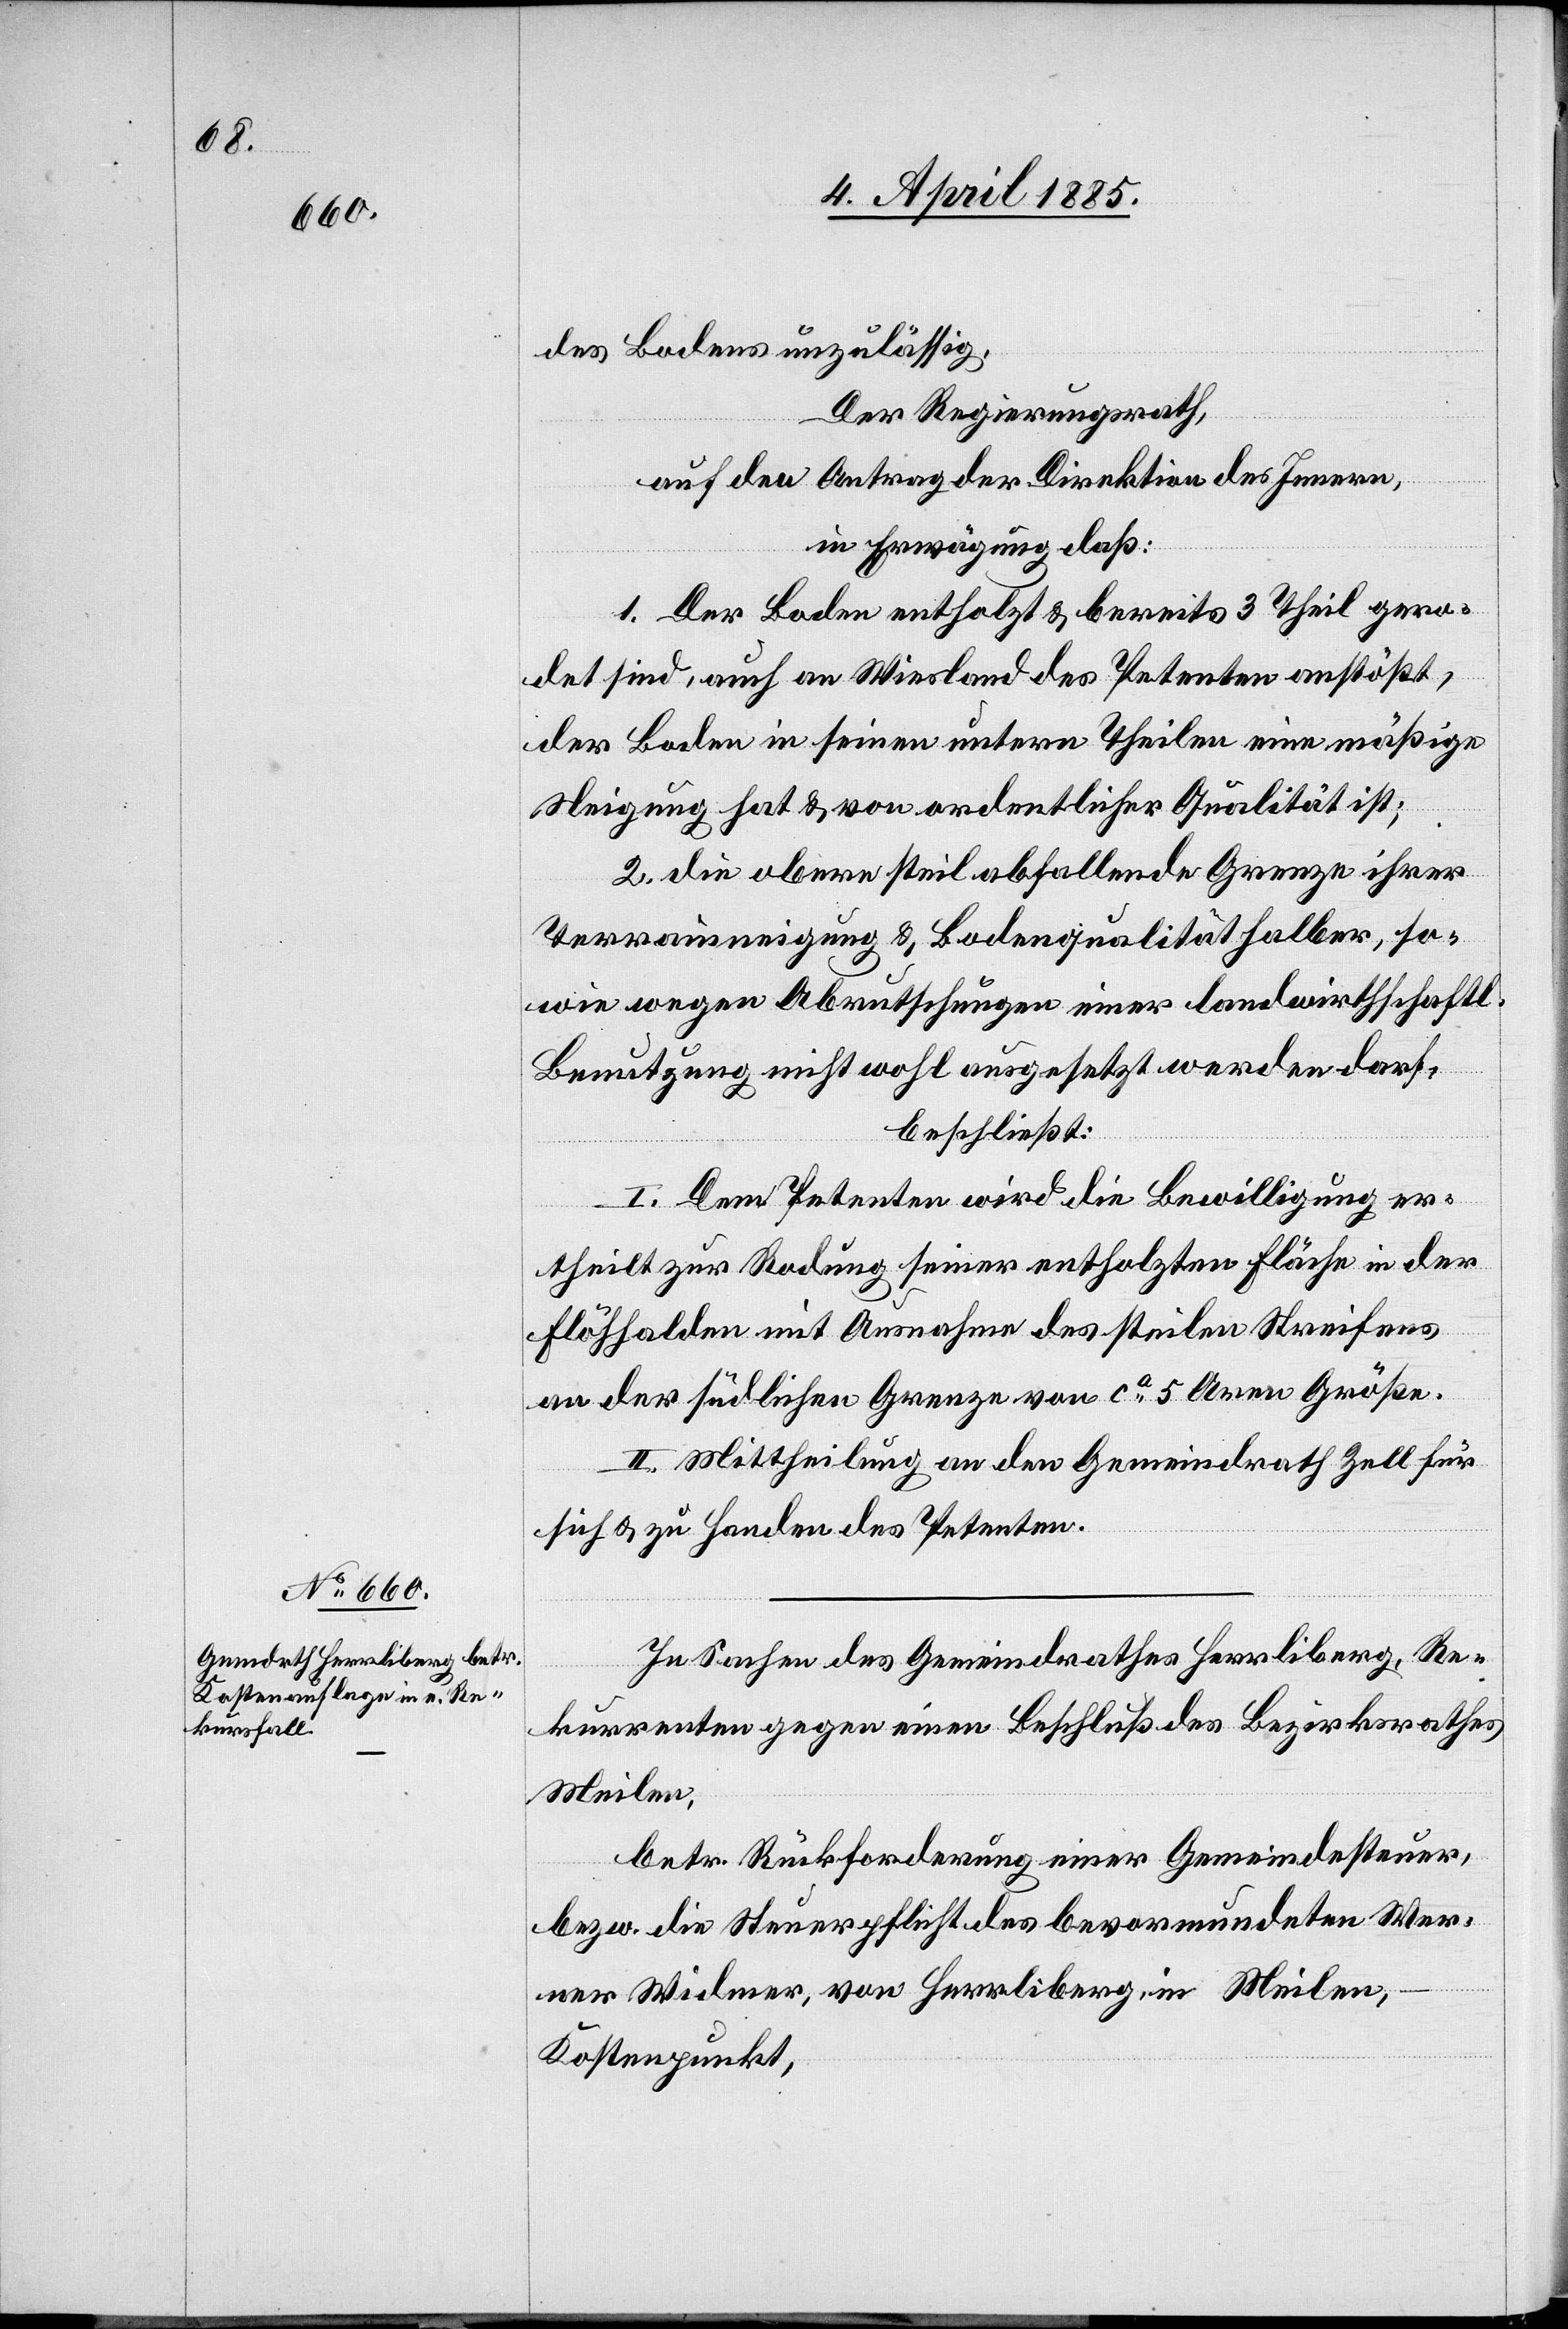
des Bodens unzulässig.
Der Regierungsrath,
auf den Antrag der Direktion des Innern,
in Erwägung daß:
1. Der Boden entholzt & bereits 3 Theil gero¬
det sind, auch an Wiesland des Petenten anstößt,
der Boden in seinen untern Theilen eine mäßige
Neigung hat & von ordentlicher Qualität ist;
2. die obere steil abfallende Grenze ihrer
Terrainneigung & Bodenqualität halber, so¬
wie wegen Abrutschungen einer landwirtschaftl.
Benutzung nicht wohl ausgesetzt werden darf,
beschließt:
I. Dem Petenten wird die Bewilligung er¬
theilt zur Rodung seiner entholzten Fläche in der
Flöhhalden mit Ausnahme des steilen Streifens
an der südlichen Grenze von ca 5 Aren Größe.
II. Mittheilung an den Gemeindrath Zell für
sich & zu Handen des Petenten.
In Sachen des Gemeindrathes Herrliberg, Re¬
kurrenten gegen einen Beschluß des Bezirksrathes
Meilen,
betr. Rückforderung einer Gemeindesteuer,
bezw. die Steuerpflicht des bevormundeten Wer¬
ner Widmer, von Herrliberg, in Meilen,
Kostenpunkt,